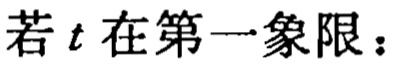
若\(t\)在第一象限：